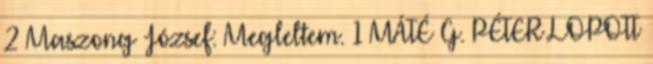
2 Maszong József: Megleltem. 1 MÁTÉ G. PÉTER LOPOTT